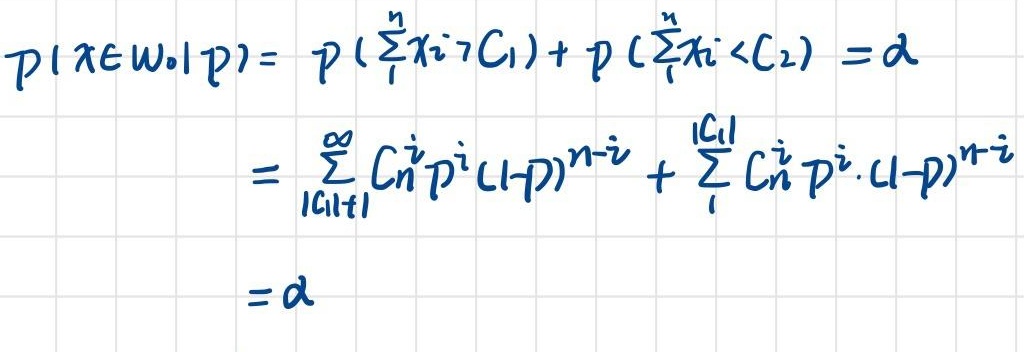
\[
\begin{align*}
P(x\in W_0 | p)&=P\left(\sum_{1}^{n}x_i > C_1\right)+P\left(\sum_{1}^{n}x_i < C_2\right)=\alpha\\
&=\sum_{i = C_1+1}^{\infty}C_{n}^{i}p^{i}(1 - p)^{n - i}+\sum_{i = 1}^{C_2}C_{n}^{i}p^{i}(1 - p)^{n - i}\\
&=\alpha
\end{align*}
\]